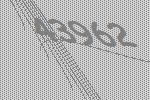
43962